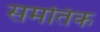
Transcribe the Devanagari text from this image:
समतिक